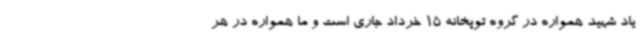
یاد شهید همواره در گروه توپخانه 15 خرداد جاری است و ما همواره در هر